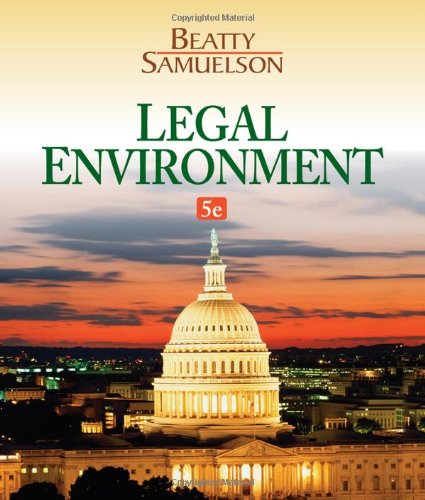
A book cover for Legal Environment; Jeffrey F. Beatty; Law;